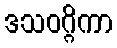
ဒသဝဂ္ဂိကာ